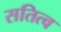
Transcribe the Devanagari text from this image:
सतित्व